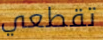
تقطعي